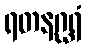
ရတနဂ္ဃရံ